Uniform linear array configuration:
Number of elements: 24
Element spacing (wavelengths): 0.5
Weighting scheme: blackman
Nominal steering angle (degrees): -30
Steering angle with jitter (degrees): -29.879
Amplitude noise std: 0.05
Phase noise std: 0.05

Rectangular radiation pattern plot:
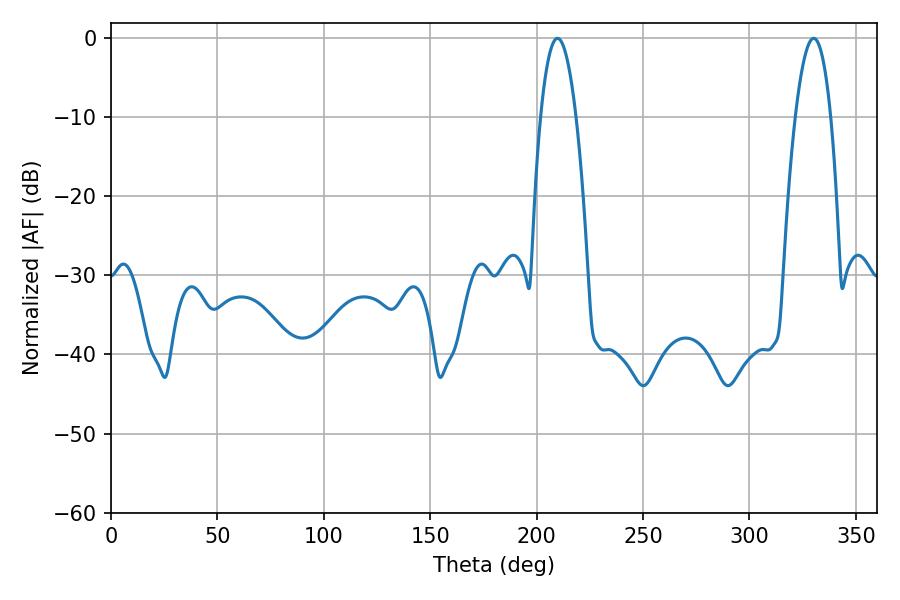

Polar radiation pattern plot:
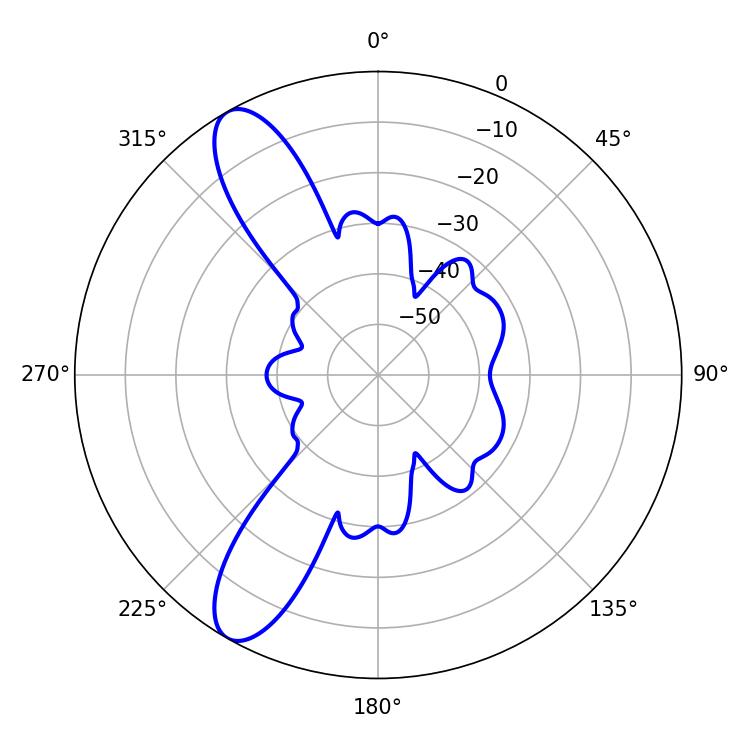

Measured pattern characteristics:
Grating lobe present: FALSE
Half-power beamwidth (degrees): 9.18
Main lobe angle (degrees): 209.88